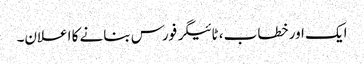
ایک اور خطاب ، ٹائیگر فورس بنانے کا اعلان۔